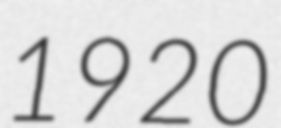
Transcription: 1920